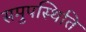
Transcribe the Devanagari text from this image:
समुपस्थिति